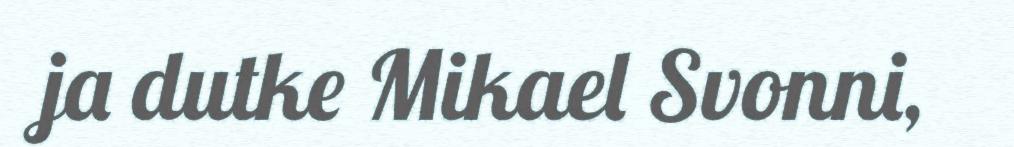
ja dutke Mikael Svonni,